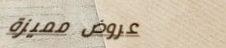
عروض مميزة